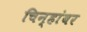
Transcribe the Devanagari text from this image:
चिन्हांवर